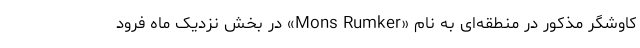
کاوشگر مذکور در منطقه‌ای به نام «Mons Rumker» در بخش نزدیک ماه فرود